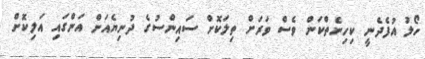
ހޯލު އުފެދެނީ ކިހިނެތްކަން ވެސް ވަރަށް ތިލަކޮށް ސައިންސުގެ ދުނިޔެއަށް އަންގައި އަލިކޮށް